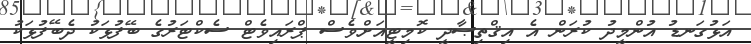
އަޅުގަނޑު އުންމީދު ކުރަން އެ އިޤްތިޞާދީ ކޮމިޓީއަށްވެސް ޕްރައިވެޓް ސެކްޓަރުގެ ބޭފުޅަކު ދެބޭފުޅަކު